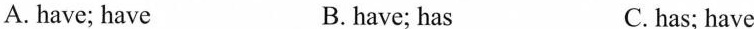
A. have; have B.have; has C. has; have